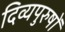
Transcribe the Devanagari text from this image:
दिव्यपुरुषों